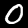
Label: 0